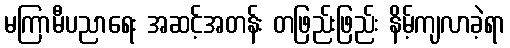
မကြာမီပညာရေး အဆင့်အတန်း တဖြည်းဖြည်း နိမ့်ကျလာခဲ့ရာ